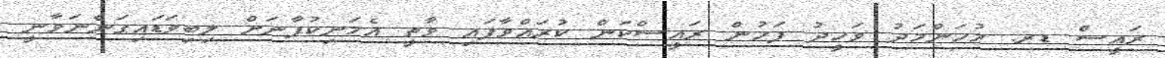
ރައީސް ޑރ. މުހަންމަދު ވަހީދު ފަހުން ރައީސްކަން ކުރައްވާފައި ވާތީ އެމަނިކުފާނަށް ލިބިވަޑައިގަންނަވާނީ